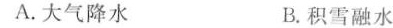
A.大气降水 B.积雪融水